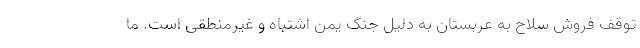
توقف فروش سلاح به عربستان به دلیل جنگ یمن اشتباه و غیرمنطقی است. ما